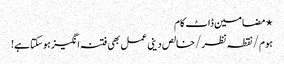
⋆ مضامین ڈاٹ کام
ہوم/نقطہ نظر/خالص دینی عمل بھی فتنہ انگیز ہوسکتا ہے!